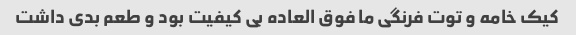
کیک خامه و توت فرنگى ما فوق العاده بى کیفیت بود و طعم بدى داشت